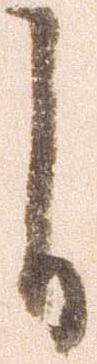
自